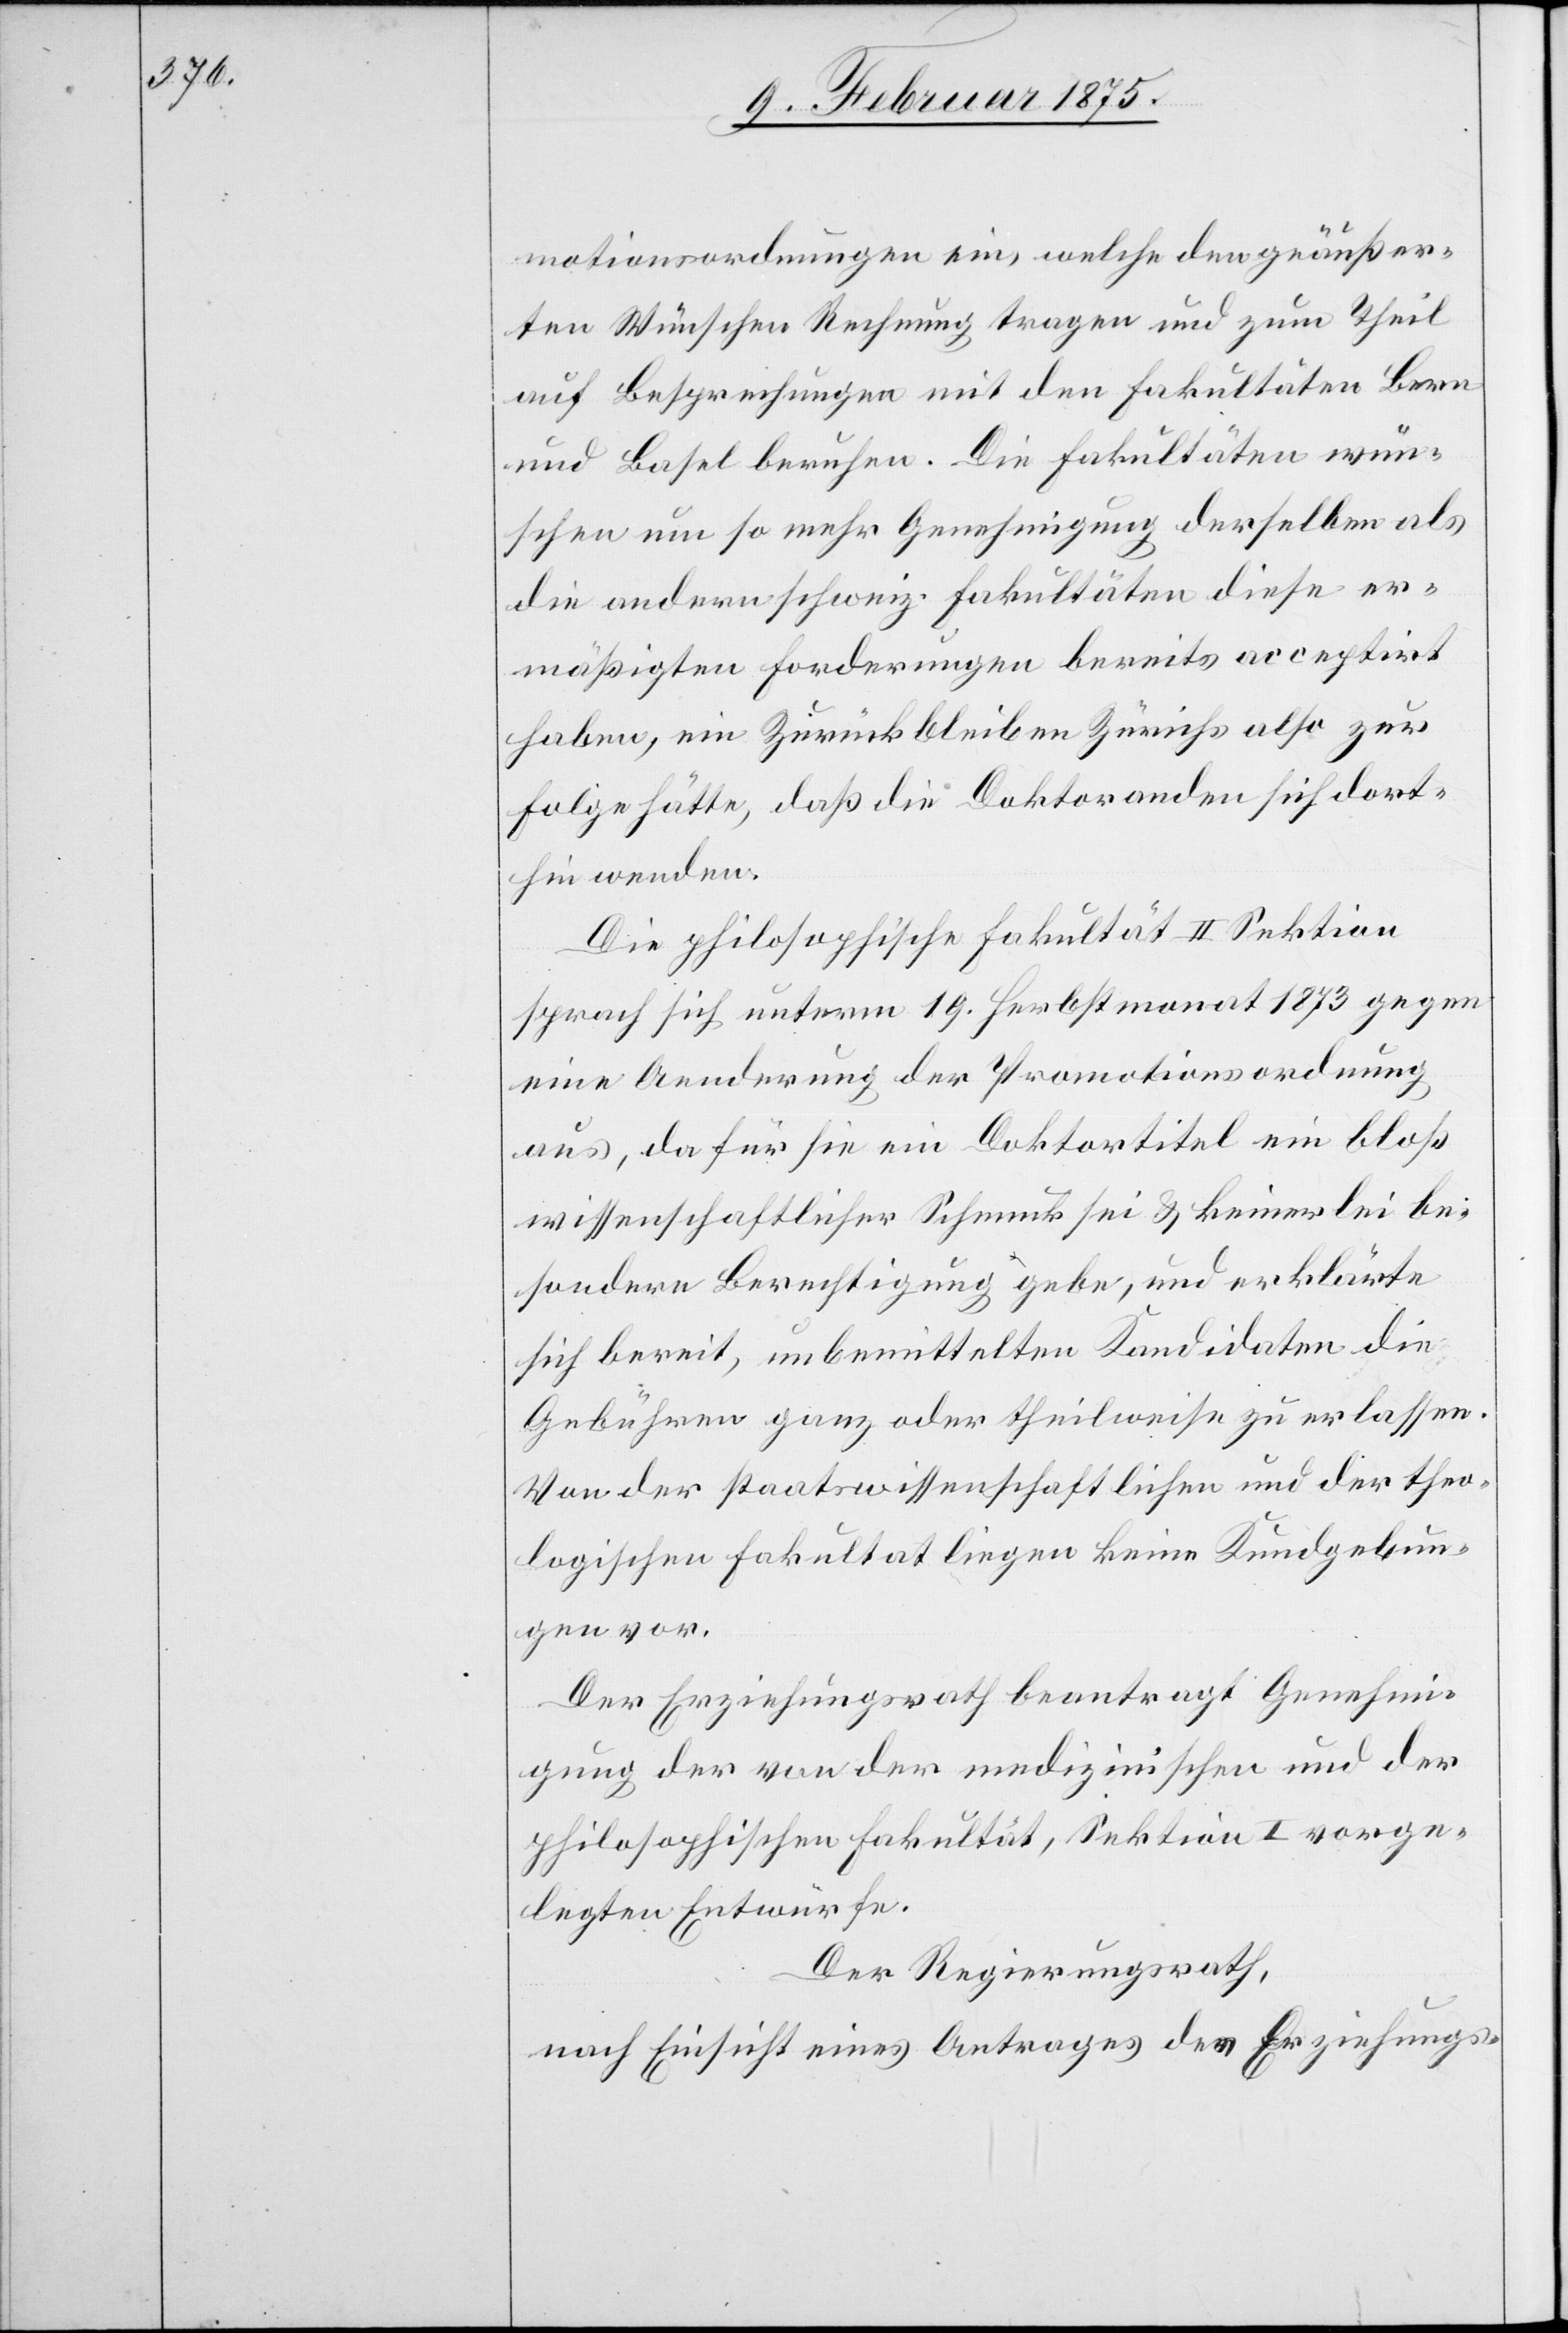
motionsordnungen ein, welche den geäußer¬
ten Wünschen Rechnung tragen und zum Theil
auf Besprechungen mit den Fakultäten Bern
und Basel beruhen. Die Fakultäten wün¬
schen um so mehr Genehmigung derselben als
die andern schweiz. Fakultäten diese er¬
mäßigten Forderungen bereits acceptirt
haben, ein Zurückbleiben Zürichs also zur
Folge hätte, daß die Doktoranden sich dort¬
hin wenden.
Die philosophische Fakultät II Sektion
sprach sich unterm 19. Herbstmonat 1873 gegen
eine Aenderung der Promotionsordnung
aus, da für sie ein Doktortiteln ein bloß
wissenschaftlicher Schmuck sei & keinerlei be¬
sondere Berechtigung gebe, und erklärte
sich bereits, unbemittelten Kandidaten die
Gebühren ganz oder theilweise zu erlassen.
Von der staatswissenschaftlichen und der theo¬
logischen Fakultäten liegen keine Kundgebun¬
gen vor.
Der Erziehungsrath beantragt Genehmi¬
gung der von der medizinischen und der
philosophischen Fakultät, Sektion I vorge¬
legten Entwürfe.
Der Regierungsrath,
nach Einsicht eines Antrages der Erziehungs-